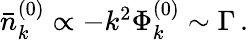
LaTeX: \begin{array}{r}{\bar{n}_{k}^{(0)}\propto-k^{2}\Phi_{k}^{(0)}\sim\Gamma\, .}\end{array}